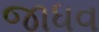
જાધવ